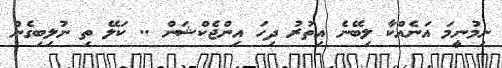
ނިމުނީމަ އަނެއްކާ ލިބޭނެ އިތުރު ދިހަ އިންޖެކްޝަން .. ކަލޭ ތި ނުލިބިގެން